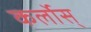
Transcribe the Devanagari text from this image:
कर्लोस्